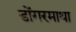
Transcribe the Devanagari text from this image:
डोंगरमाथा